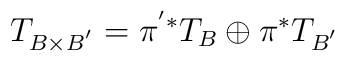
T_{B\times B^{'}}=\pi^{'*}T_B\oplus \pi^{*}T_{B^{'}}